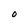
Character: O